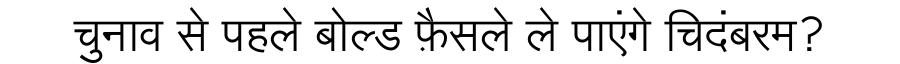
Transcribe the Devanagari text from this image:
चुनाव से पहले बोल्ड फ़ैसले ले पाएंगे चिदंबरम?